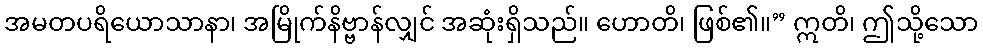
အမတပရိယောသာနာ၊ အမြိုက်နိဗ္ဗာန်လျှင် အဆုံးရှိသည်။ ဟောတိ၊ ဖြစ်၏။” ဣတိ၊ ဤသို့သော